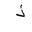
Letter: _thal